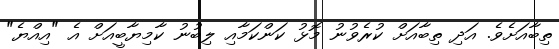
ތިބާއަށެވެ. އަދި ތިބާއަށް ކުރެވުނު މޮޅު ކަންކަމާއި ލިބުނު ކާމިޔާބީއަށް އެ "އިއްޔެ"